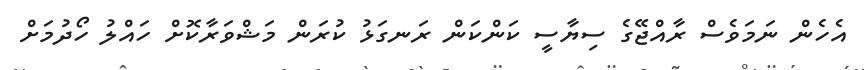
އެހެން ނަމަވެސް ރާއްޖޭގެ ސިޔާސީ ކަންކަން ރަނގަޅު ކުރަން މަޝްވަރާކޮށް ހައްލު ހޯދުމަށް